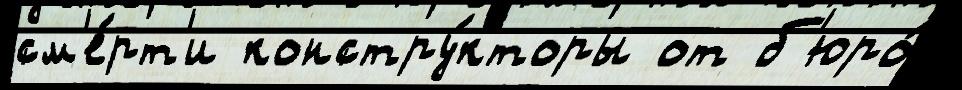
см'е́рт'и констру́кторы от б'юро́